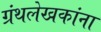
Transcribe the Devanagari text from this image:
ग्रंथलेखकांना